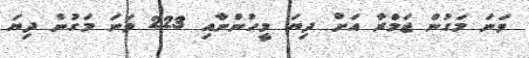
ވަނަ މަގުން ޖަމްރާ އަށް ދިޔަ މީހުންނާއި 223 ވަނަ މަގުން ދިޔަ